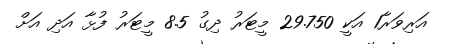
އަރިވަރާ1 އަކީ 29.750 މީޓަރު ދިގު 8.5 މީޓަރު ފުޅާ އަދި އަށް